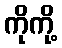
ကိုကို့